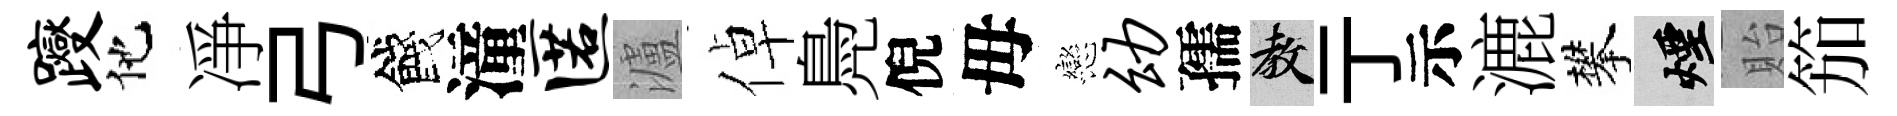
躞他凈弓餞潼匿瀘倬鳧倪母戀幼孺教亍示漉攀煙貽笳